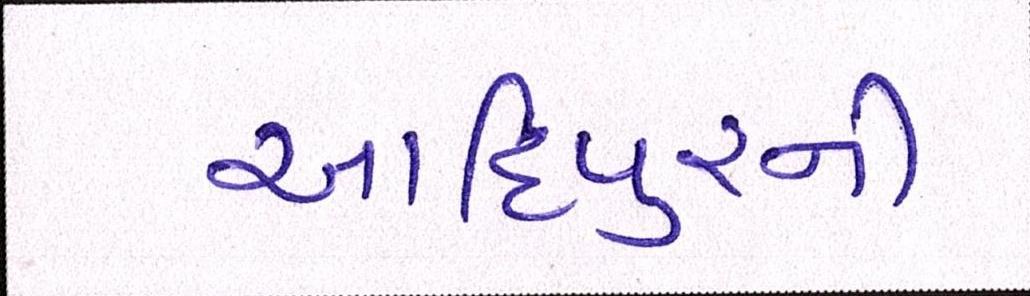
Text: આદિપુરની